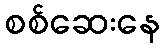
စစ်ဆေးနေ